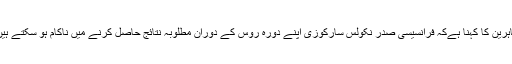
ماہرین کا کہنا ہےکہ فرانسیسی صدر نکولس سارکوزی اپنے دورہ روس کے دوران مطلوبہ نتائج حاصل کرنے میں ناکام ہو سکتے ہیں۔